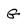
Character: G